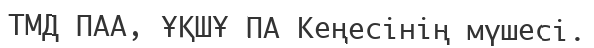
ТМД ПАА, ҰҚШҰ ПА Кеңесінің мүшесі.